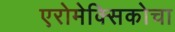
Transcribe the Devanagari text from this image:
एरोमेक्सिकोचा